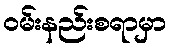
ဝမ်းနည်းစရာမှာ